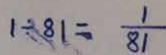
1 \div 8 1 = \frac { 1 } { 8 1 }